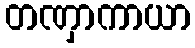
တဏှာကာယာ